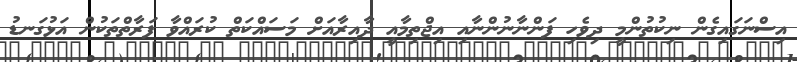
އިސްނަގައިގެން ނިކުތުންމީ ދިވެހި ފަންނާނުންނާއި އިޖްތިމާއީ ދާއިރާއަށް މަސައްކަތް ކުރައްވާ ފަރާތްތަކުން އަޅުގަނޑު